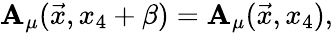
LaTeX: \mathbf{A}_{\mu}(\vec{{x}},x_{4}+\beta)=\mathbf{A}_{\mu}(\vec{{x}},x_{4}),